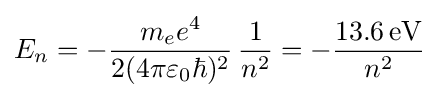
E_{n}=-{\frac {m_{e}e^{4}}{2(4\pi \varepsilon _{0}\hbar )^{2}}}\,{\frac {1}{n^{2}}}=-{\frac {13.6\,{\text{eV}}}{n^{2}}}